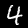
Label: 4